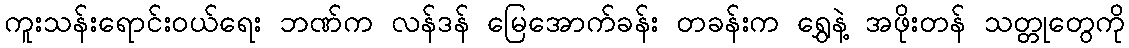
ကူးသန်းရောင်းဝယ်ရေး ဘဏ်က လန်ဒန် မြေအောက်ခန်း တခန်းက ရွှေနဲ့ အဖိုးတန် သတ္တုတွေကို